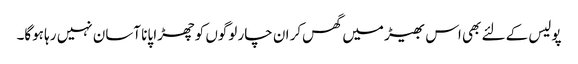
پولیس کے لئے بھی اس بھیڑ میں گھس‌کر ان چار لوگوں کو چھڑا پانا آسان نہیں رہا ہوگا۔